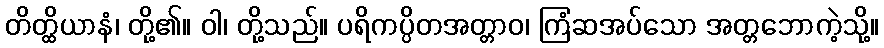
တိတ္ထိယာနံ၊ တို့၏။ ဝါ၊ တို့သည်။ ပရိကပ္ပိတအတ္တာဝ၊ ကြံဆအပ်သော အတ္တဘောကဲ့သို့။